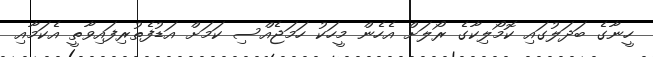
ހީނާގެ ބަދަލުގައި ކޮމޯލިކާގެ ރޯލަށް އެހެން މީހަކު ހަމަޖެއްސި ކަމަށް އަޑުފެތުރިފައިވާތީ އެކަމާއި